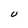
Character: U